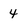
Character: 4